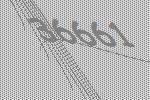
36661